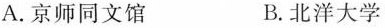
A.京师同文馆 B.北洋大学